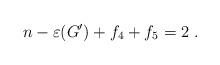
LaTeX: \begin{align*}n-\varepsilon(G')+f_4 +f_5 = 2\ . \end{align*}